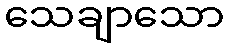
သေချာသော